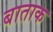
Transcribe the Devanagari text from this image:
बाताक